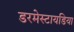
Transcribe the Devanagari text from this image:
डरमेस्टायडिया